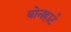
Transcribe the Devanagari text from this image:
बोनहार्ट